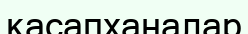
қасапханалар